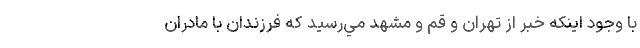
با وجود اينكه خبر از تهران و قم و مشهد مي‌رسيد كه فرزندان با مادران